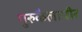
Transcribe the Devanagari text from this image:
गुरुकैलापीर